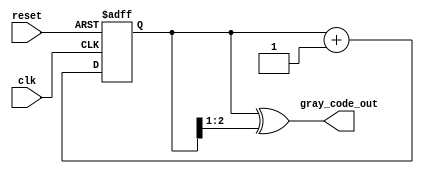
module gray_code_counter #(
    parameter WIDTH = 3  // Parameter for the width of the counter
)(
    input wire clk,      // Clock signal
    input wire reset,    // Asynchronous reset signal
    output reg [WIDTH-1:0] gray_code_out // Output Gray Code value
);

    reg [WIDTH-1:0] binary_count; // Register to hold the binary count

    // Binary to Gray Code conversion
    function [WIDTH-1:0] binary_to_gray;
        input [WIDTH-1:0] binary;
        begin
            binary_to_gray = binary ^ (binary >> 1);
        end
    endfunction

    // Sequential logic for counting
    always @(posedge clk or posedge reset) begin
        if (reset) begin
            binary_count <= 0; // Reset binary count to 0
        end else begin
            binary_count <= binary_count + 1; // Increment binary count
        end
    end

    // Combinational logic to convert binary count to Gray Code
    always @(*) begin
        gray_code_out = binary_to_gray(binary_count); // Convert to Gray Code
    end

endmodule